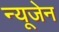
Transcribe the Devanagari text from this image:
न्यूजेन